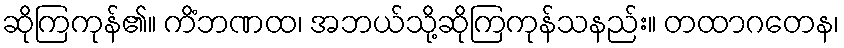
ဆိုကြကုန်၏။ ကိံဘဏထ၊ အဘယ်သို့ဆိုကြကုန်သနည်း။ တထာဂတေန၊